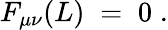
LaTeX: F_{\mu\nu}(L)\; =\; 0\; .